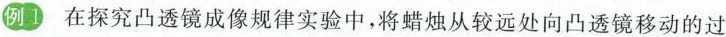
例1 在探究凸透镜成像规律实验中，将蜡烛从较远处向凸透镜移动的过